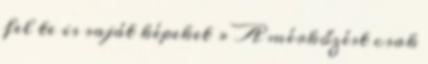
fel te is saját képeket » A mérkőzést csak